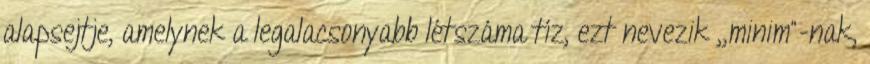
alapsejtje, amelynek a legalacsonyabb létszáma tíz, ezt nevezik ,,minim"-nak,